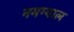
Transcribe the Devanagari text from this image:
नमग्याल